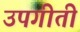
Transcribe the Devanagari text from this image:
उपगीती